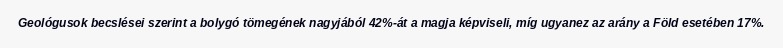
Geológusok becslései szerint a bolygó tömegének nagyjából 42%-át a magja képviseli, míg ugyanez az arány a Föld esetében 17%.